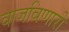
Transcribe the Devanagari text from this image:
वाजविणारी